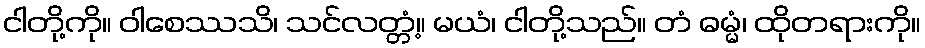
ငါတို့ကို။ ဝါစေဿသိ၊ သင်လတ္တံ့။ မယံ၊ ငါတို့သည်။ တံ ဓမ္မံ၊ ထိုတရားကို။